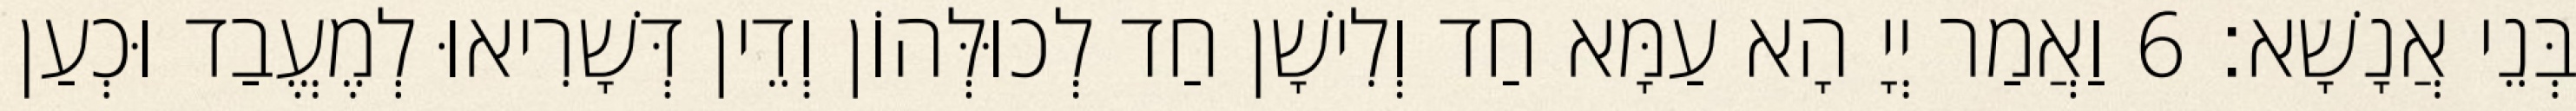
בְּנֵי אֲנָשָׁא׃ 6 וַאֲמַר יְיָ הָא עַמָּא חַד וְלִישָׁן חַד לְכוּלְּהוֹן וְדֵין דְּשָׁרִיאוּ לְמֶעֱבַד וּכְעַן